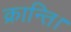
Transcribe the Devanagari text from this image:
क्रान्ति।